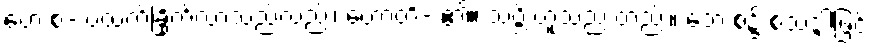
ဗော စ- ဗထက်ခြိုက်လာသည်လည်း၊ ဟောတိ- ၏။ သဗ္ဘိ ဟူသည် တည်း။ ဘေ စ၌ စသဒ္ဒါဖြင့်